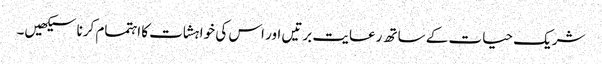
شریک حیات کے ساتھ رعایت برتیں اور اس کی خواہشات کا اہتمام کرنا سیکھیں۔